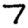
Digit: 7